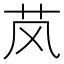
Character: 𬜥